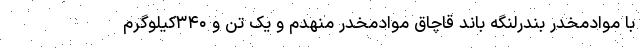
با موادمخدر بندرلنگه باند قاچاق موادمخدر منهدم و یک تن و ۳۴۰کیلوگرم